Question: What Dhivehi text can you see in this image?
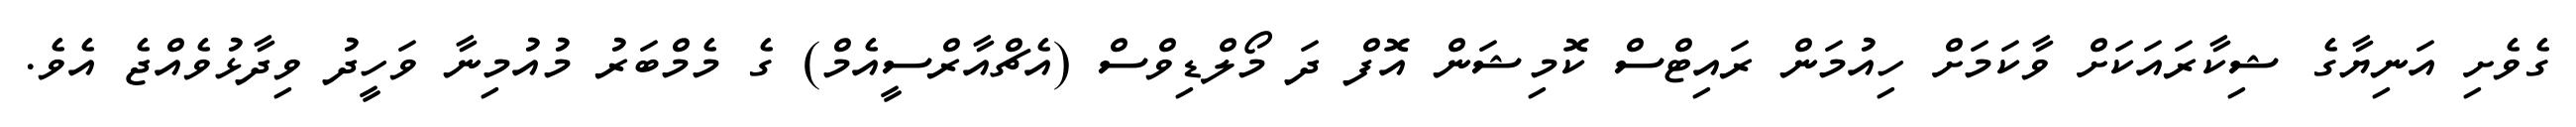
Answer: ގެވެށި އަނިޔާގެ ޝިކާރައަކަށް ވާކަމަށް ހިއުމަން ރައިޓްސް ކޮމިޝަން އޮފް ދަ މޯލްޑިވްސް (އެޗްއާރްސީއެމް) ގެ މެމްބަރު މުއުމިނާ ވަހީދު ވިދާޅުވެއްޖެ އެވެ.